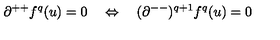
\partial ^ { + + } f ^ { q } ( u ) = 0 \quad \Leftrightarrow \quad ( \partial ^ { -- } ) ^ { q + 1 } f ^ { q } ( u ) = 0